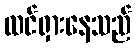
ထင်ရှားနေသည်